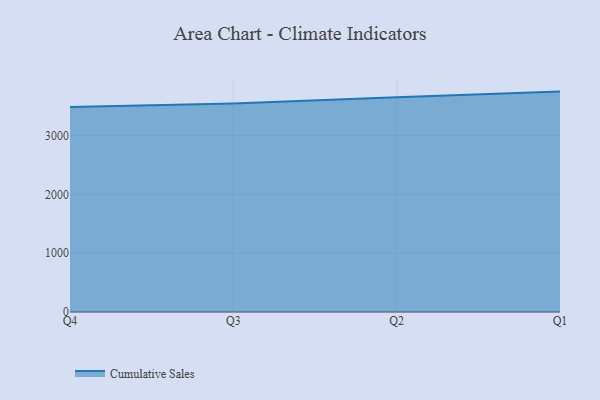
{"axis": {"x": "Quarter", "y": "Satisfaction Score"}, "legend": ["Cumulative Sales"], "data": [{"x": "Q4", "y": 3485.5, "type": "Cumulative Sales"}, {"x": "Q3", "y": 3542.2, "type": "Cumulative Sales"}, {"x": "Q2", "y": 3648.9, "type": "Cumulative Sales"}, {"x": "Q1", "y": 3745.1, "type": "Cumulative Sales"}]}